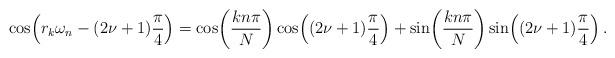
LaTeX: \begin{align*} \cos\!\left( r_k\omega_n -(2\nu + 1)\frac{\pi}{4} \right) = \cos\!\left(\frac{kn\pi}{N}\right)\cos\!\left((2\nu+1)\frac{\pi}{4}\right) + \sin\!\left(\frac{kn\pi}{N}\right)\sin\!\left((2\nu+1)\frac{\pi}{4}\right).\end{align*}